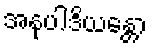
အနုပါဒိယန္တော